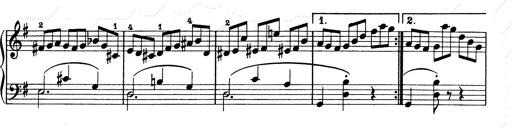
Title: 6 Polish Songs
Composer: Franz Liszt